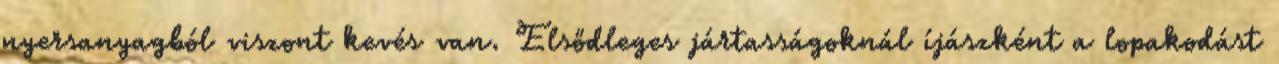
nyersanyagból viszont kevés van. Elsődleges jártasságoknál íjászként a lopakodást